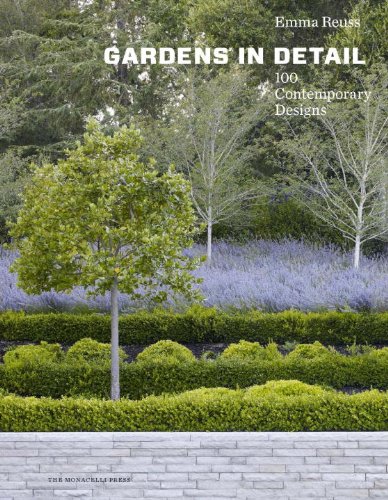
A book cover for Gardens in Detail: 100 Contemporary Designs; Emma Reuss; Crafts, Hobbies & Home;